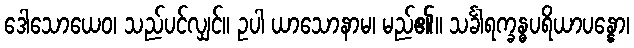
ဒေါသောယေဝ၊ သည်ပင်လျှင်။ ဥပါ ယာသောနာမ၊ မည်၏။ သင်္ခါရက္ခန္ဓပရိယာပန္နော၊